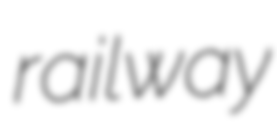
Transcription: railway